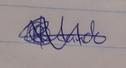
Signature authenticity: genuine